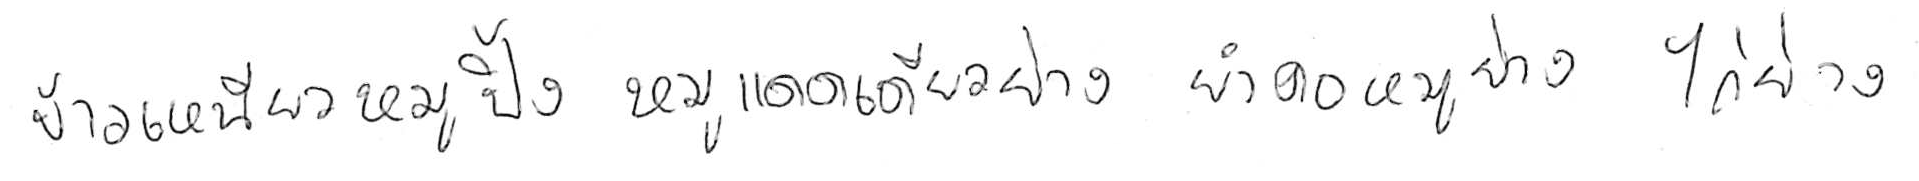
ข้าวเหนียวหมูปิ้ง หมูแดดเดียวย่าง ยำคอหมูย่าง ไก่ย่าง